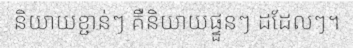
និយាយខ្ជាន់ៗ គឺនិយាយផ្ទួនៗ ដដែលៗ។